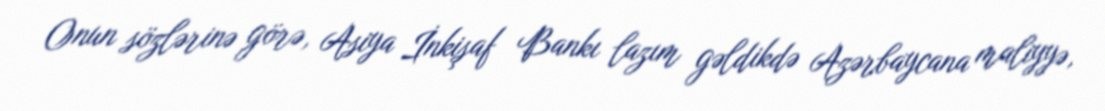
Onun sözlərinə görə, Asiya İnkişaf Bankı lazım gəldikdə Azərbaycana maliyyə,